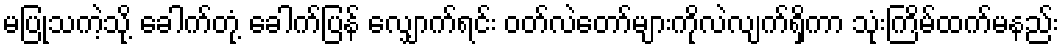
မပြုသကဲ့သို့ ခေါက်တုံ့ ခေါက်ပြန် လျှောက်ရင်း ဝတ်လဲတော်များကိုလဲလျက်ရှိကာ သုံးကြိမ်ထက်မနည်း